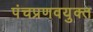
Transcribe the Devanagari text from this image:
पंचप्रणवयुक्त